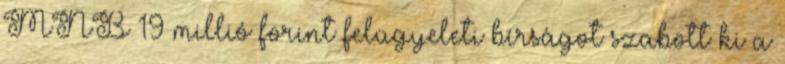
MNB 19 millió forint felügyeleti bírságot szabott ki a